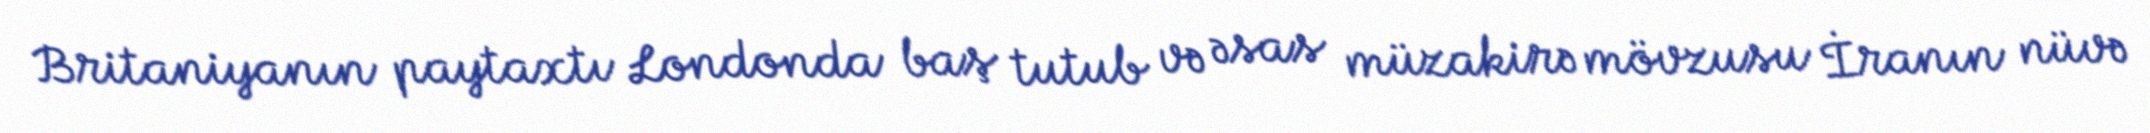
Britaniyanın paytaxtı Londonda baş tutub və əsas müzakirə mövzusu İranın nüvə